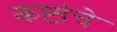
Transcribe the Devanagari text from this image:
कष्टांचे